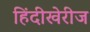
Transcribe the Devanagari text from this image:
हिंदीखेरीज